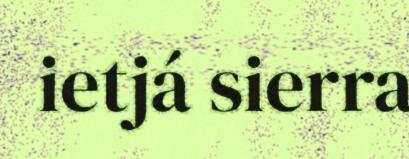
ietjá sierra